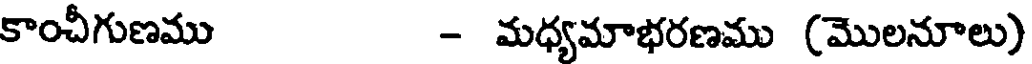
కాంచీగుణము - మధ్యమాభరణము (మొలనూలు)